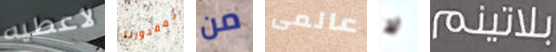
لأعطيه بمقدورنا من عالمى لا بلاتينم